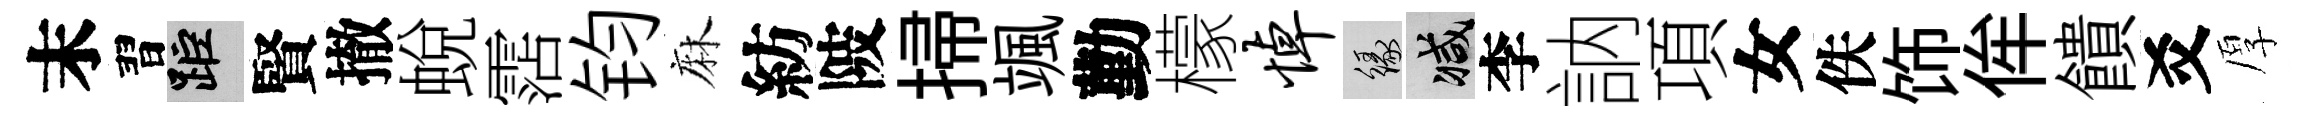
末習距賢撤蛻霑钧麻紡陂掃颯勤檬悼緣减李訥項女佚饰侔饋爻厚